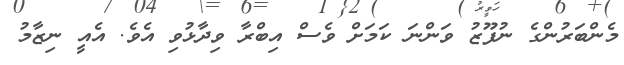
މެންބަރުންގެ ނުފޫޒު ވަންނަ ކަމަށް ވެސް އިބްރާ ވިދާޅުވި އެވެ. އެއީ ނިޒާމު